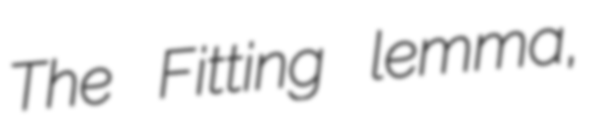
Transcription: The Fitting lemma,